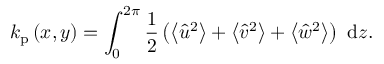
k _ { \mathrm { p } } \left( x , y \right) = \int _ { 0 } ^ { 2 \pi } \frac { 1 } { 2 } \left( \left\langle \hat { u } ^ { 2 } \right\rangle + \left\langle \hat { v } ^ { 2 } \right\rangle + \left\langle \hat { w } ^ { 2 } \right\rangle \right) \mathrm { ~ d } z .